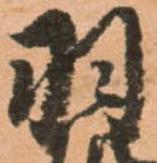
羽